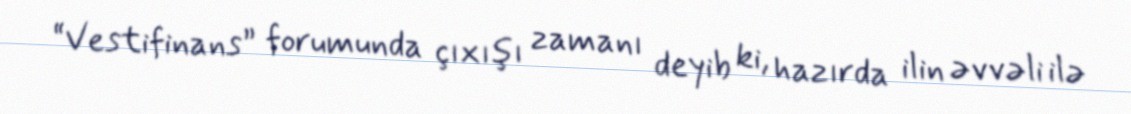
“Vestifinans” forumunda çıxışı zamanı deyib ki, hazırda ilin əvvəli ilə